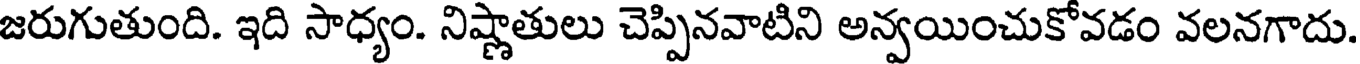
జరుగుతుంది. ఇది సాధ్యం. నిష్ణాతులు చెప్పినవాటిని అన్వయించుకోవడం వలనగాదు.